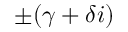
\pm ( \gamma + \delta i )